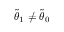
\tilde { { \boldsymbol { \theta } } } _ { 1 } \neq \tilde { { \boldsymbol { \theta } } } _ { 0 }